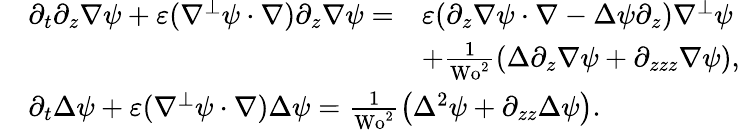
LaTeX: \begin{array}{rl}&{\begin{array}{rl}{\partial_{t}\partial_{z}\nabla\psi+\varepsilon(\nabla^{\perp}\psi\cdot\nabla)\partial_{z}\nabla\psi=}&{\varepsilon(\partial_{z}\nabla\psi\cdot\nabla-\Delta\psi\partial_{z})\nabla^{\perp}\psi}\\ &{+\frac{1}{\textrm{Wo}^{2}}\left(\Delta\partial_{z}\nabla\psi+\partial_{zzz}\nabla\psi\right),}\end{array}}\\ &{\partial_{t}\Delta\psi+\varepsilon(\nabla^{\perp}\psi\cdot\nabla)\Delta\psi=\frac{1}{\textrm{Wo}^{2}}\left(\Delta^{2}\psi+\partial_{zz}\Delta\psi\right).}\end{array}